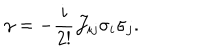
{ \gamma } = - \frac { i } { 2 ! } { \cal J } _ { i j } { \sigma } _ { i } { \sigma } _ { j } .